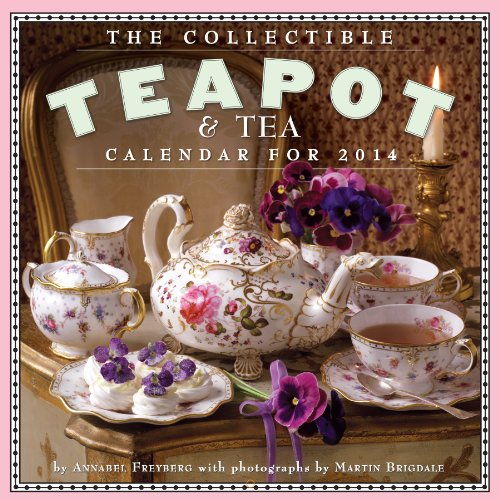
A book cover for The Collectible Teapot & Tea Calendar 2014; Annabel Freyberg; Calendars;